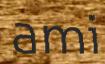
ami